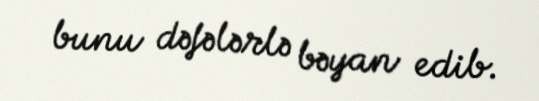
bunu dəfələrlə bəyan edib.